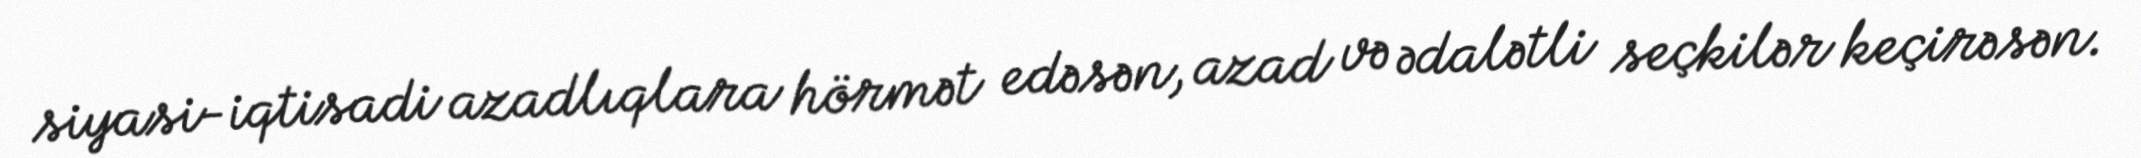
siyasi-iqtisadi azadlıqlara hörmət edəsən, azad və ədalətli seçkilər keçirəsən.